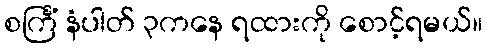
စင်္ကြံ နံပါတ် ၃ကနေ ရထားကို စောင့်ရမယ်။